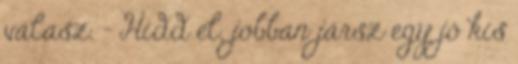
válasz. – Hidd el, jobban jársz egy jó kis